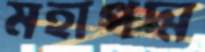
মহাপদ্ম